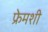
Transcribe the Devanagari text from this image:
फ्रेमशी